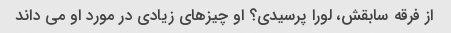
از فرقه سابقش، لورا پرسیدی؟ او چیزهای زیادی در مورد او می داند